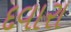
દવારા